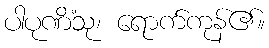
ပါပုဏိံသု၊ ရောက်ကုန်၏။